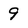
Character: 9